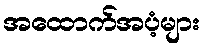
အထောက်အပံ့များ